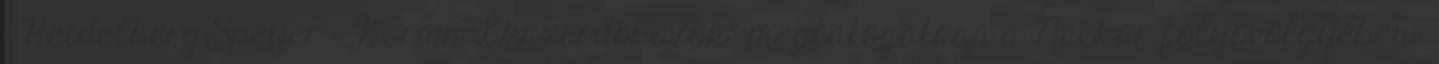
– Heidelberg;Speyer – Worms „Ékszerdobozok” meglátogatása a Neckar folyóvölgyében: